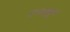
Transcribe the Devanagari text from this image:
उच्चाट्टन